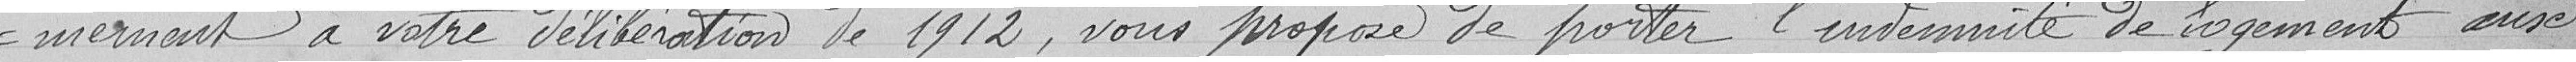
moment à votre délibération de 1912, vous propose de porter l'indemnité de logement aux